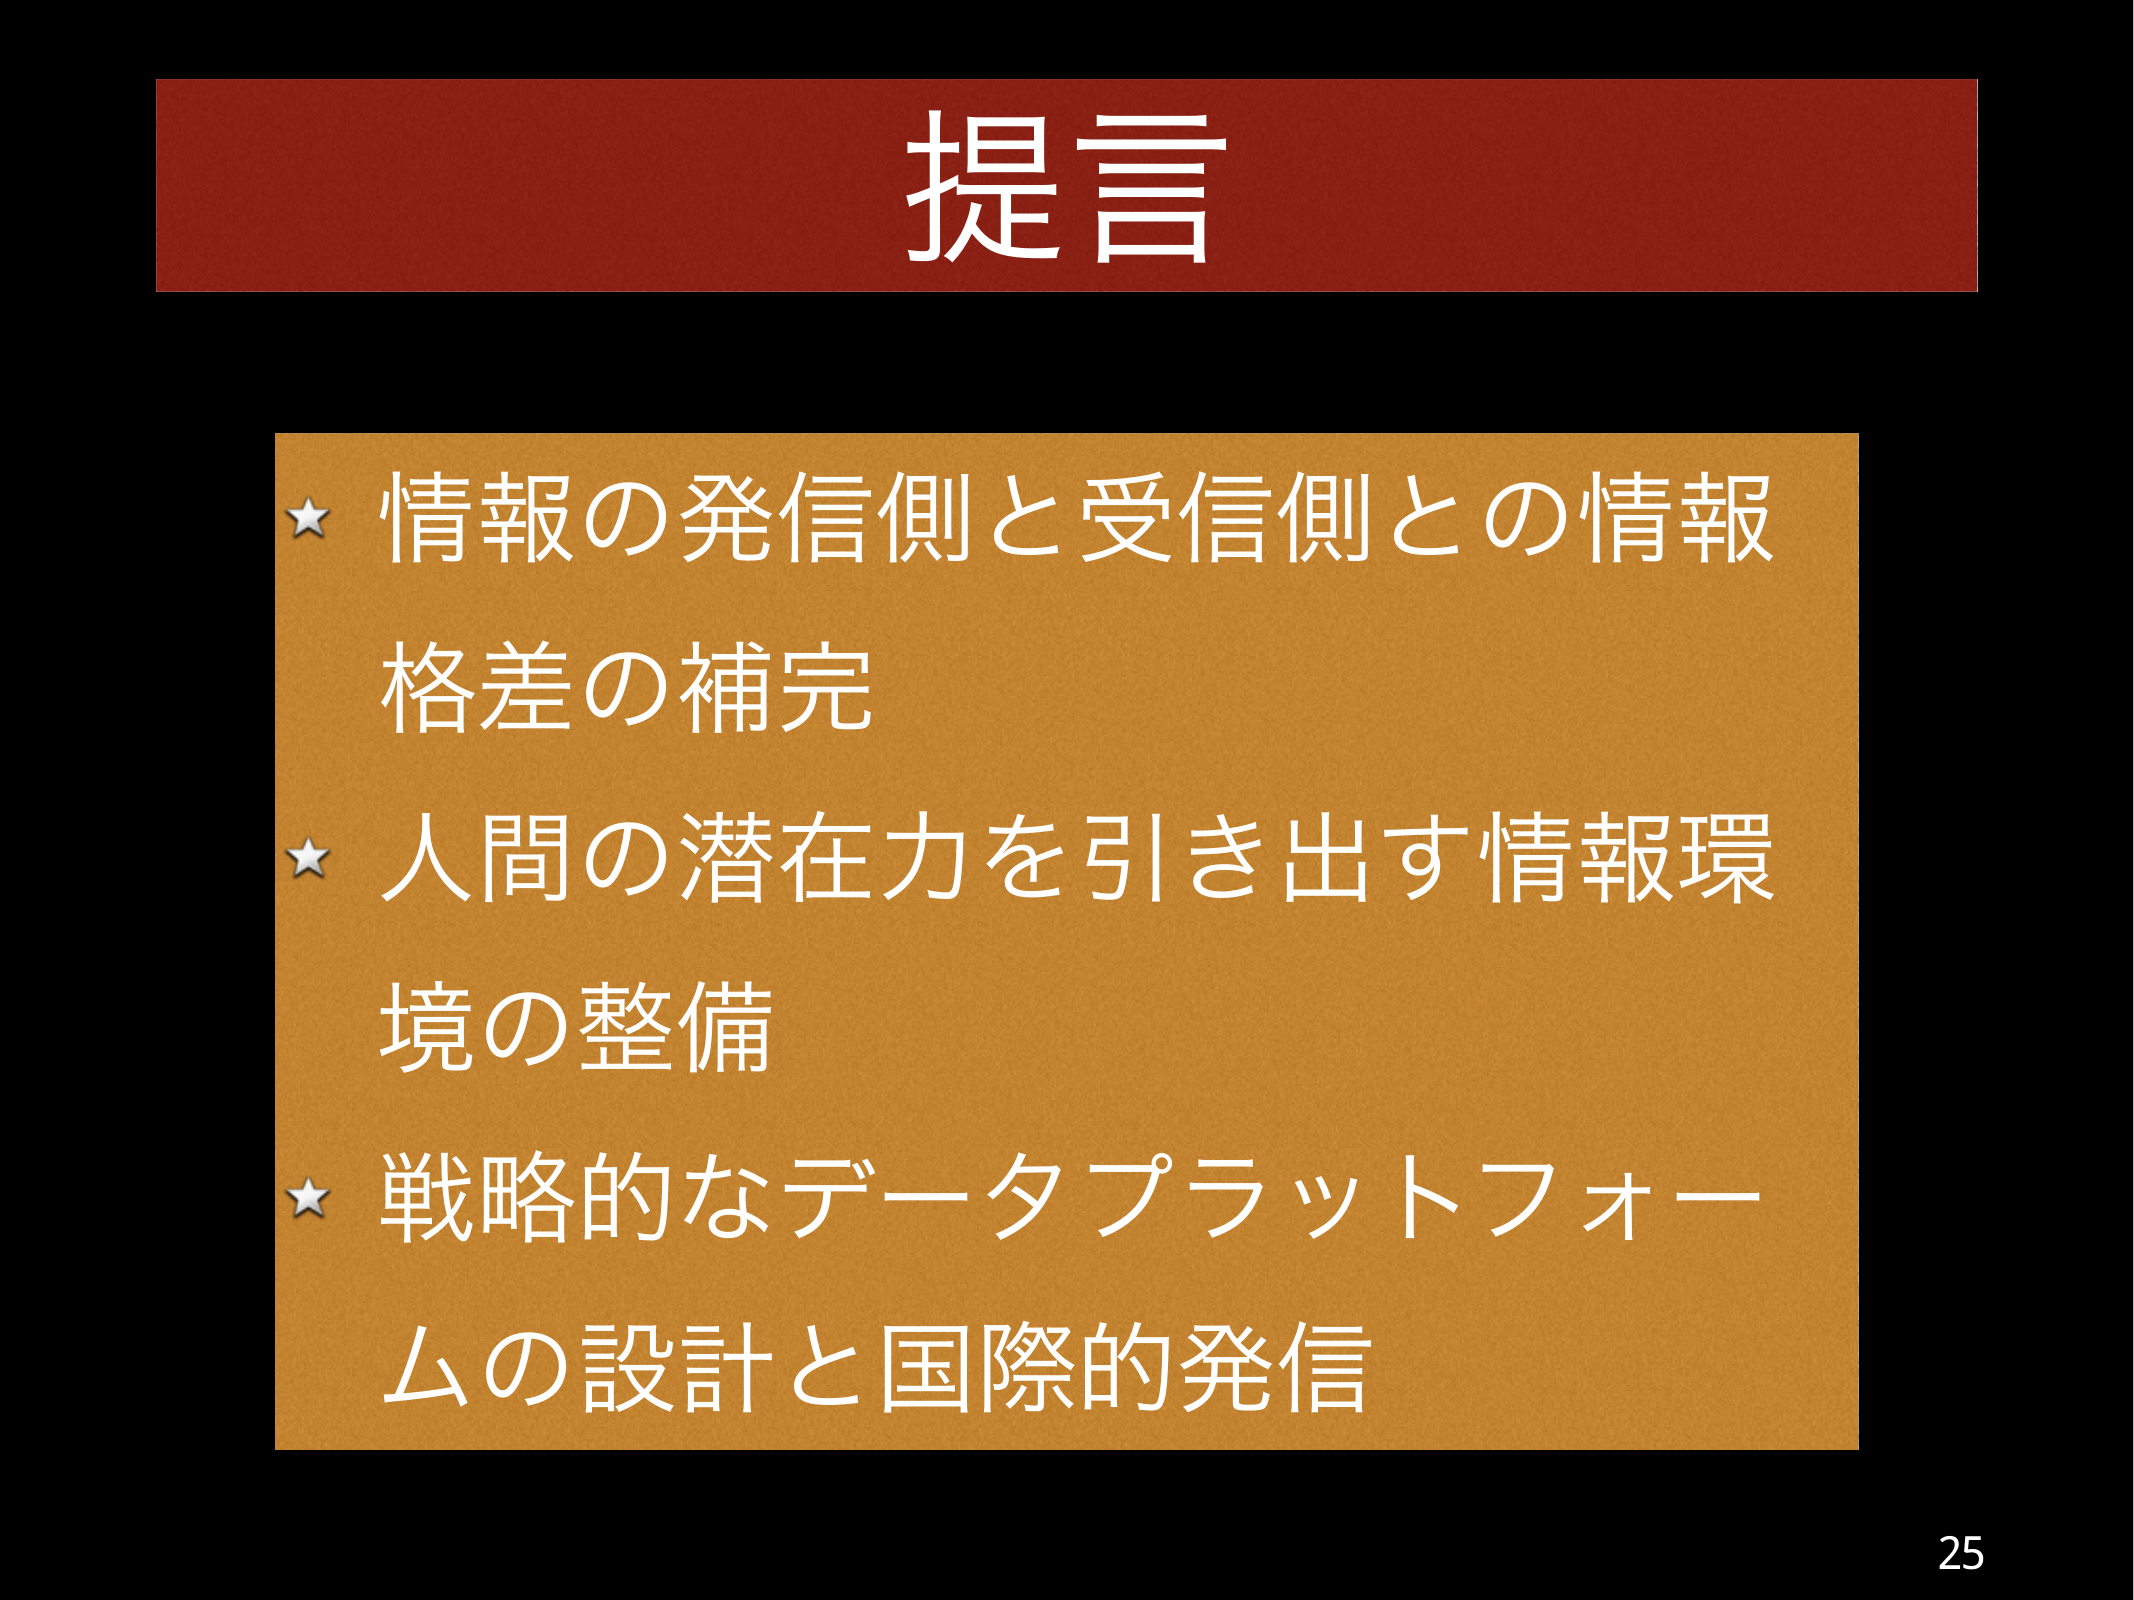
提言

★ 情報の発信側と受信側との情報
格差の補完

★ 人間の潜在力を引き出す情報環
境の整備

★ 戦略的なデータプラットフォー
ムの設計と国際的発信

25